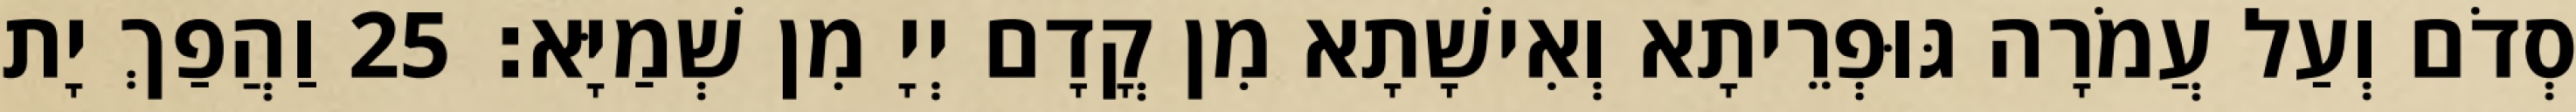
סְדֹם וְעַל עֲמֹרָה גּוּפְרֵיתָא וְאִישָׁתָא מִן קֳדָם יְיָ מִן שְׁמַיָּא׃ 25 וַהֲפַךְ יָת